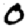
Digit: 0